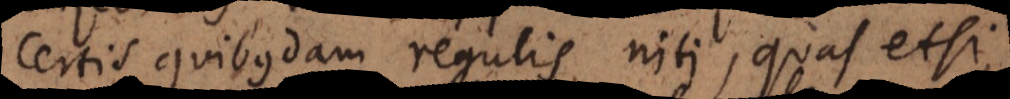
certis quibusdam regulis niti, quas etsi